Vaccine operations Central Provinces 1868-1885 - 1868-1885
Year: 1868
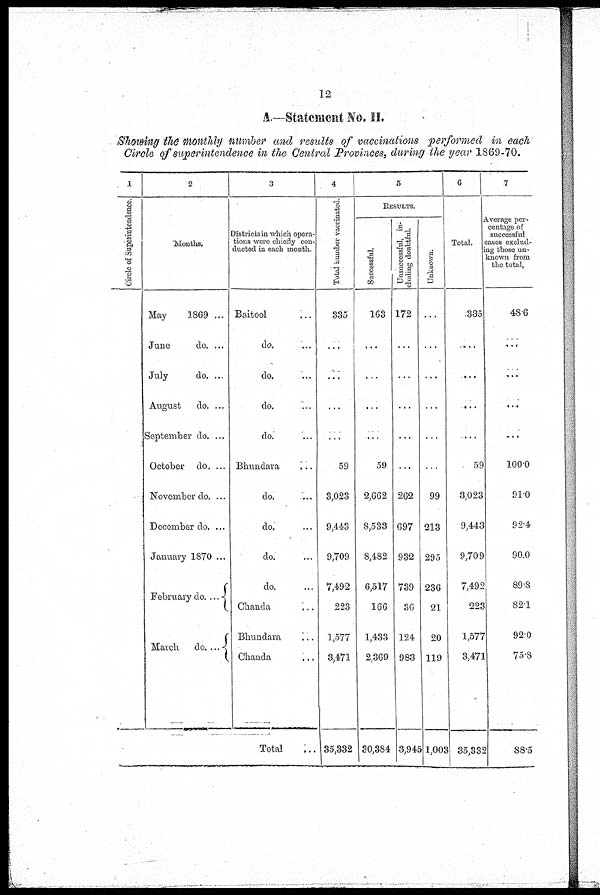
12
A.—Statement No. II.
Showing the monthly number and results of vaccinations performed in each
Circle of superintendence in the Central Provinces, during the year 1869-70.
1
Circle of Superintendence.
2
Months.
May
1869 ...
June
do. ...
July
do. ...
August
do. ...
September do. ...
October do. ...
November do. ...
December do. ...
January 1870 ...
February do. ...
March
do. ...
3
Districts in which opera-
tions were chiefly con-
ducted in each month.
Baitool ...
do. ...
do. ...
do. ...
do. ...
Bhundara
...
do. ...
do. ...
do. ...
do. ...
Chanda
...
Bhundara
...
Chanda ...
Total ...
4
Total number vaccinated.
335
...
...
...
...
59
3,023
9,443
9,709
7,492
223
1,577
3,471
35,332
5
RESULTS.
Successful.
163
...
...
...
...
59
2,662
8,533
8,482
6,517
166
1,433
2,369
30,384
Unsuccessful, in-
cluding doubtful
172
...
...
...
...
...
262
697
932
739
36
124
983
3,945
Unknown.
...
...
...
...
...
...
99
213
295
236
21
20
119
1,003
6
Total.
335
...
...
...
...
59
3,023
9,443
9,709
7,492
223
1,577
3,471
35,332
7
Average per-
centage of
successful
cases exclud¬
ing those un¬
known from
the total,
48.6
...
...
...
...
100.0
91.0
92.4
90.0
89·8
82.1
92.0
75.8
88.5